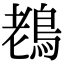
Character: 䳓